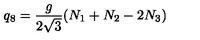
q _ { 8 } = { \frac { g } { 2 \sqrt { 3 } } } ( N _ { 1 } + N _ { 2 } - 2 N _ { 3 } )